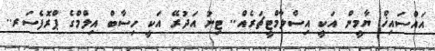
އައްސައިޚް ޔާމީން އަކީ އިސްލާމްޓީޗަރެއް.. ޓިނު އަދުރޭ އަކީ ހިސާބް އިލްމްގެ ޕްރޮފެސަރ..